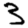
Digit: 3